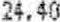
24.40